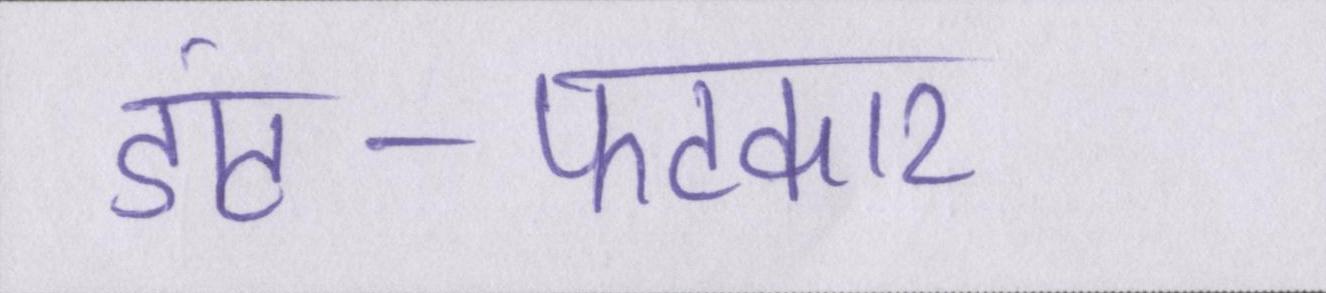
डांट-फटकार